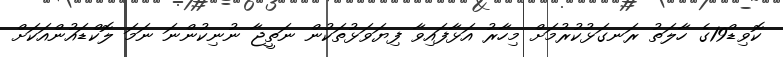
ކޮވިޑް19ގެ ހާލަތު ރަނގަޅުކުރުމަށް މިހާރު އަޅާފައިވާ ފިޔަވަޅުތަކުން ނަތީޖާ ނުނިކުންނަ ނަމަ ލޮކްޑައުންއަކަށް